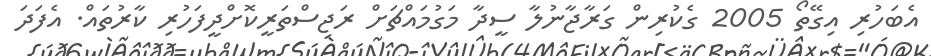
އެބަހުރި އިގޭތޯ 2005 ގެކުރިން ގަރާޖާނުލާ ސީދާ މަގުމައްޗަށް ރަޖިސްތަރީކޮށްދީފަހުރި ކާރުތައް. އެފަދަ